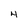
Character: 4